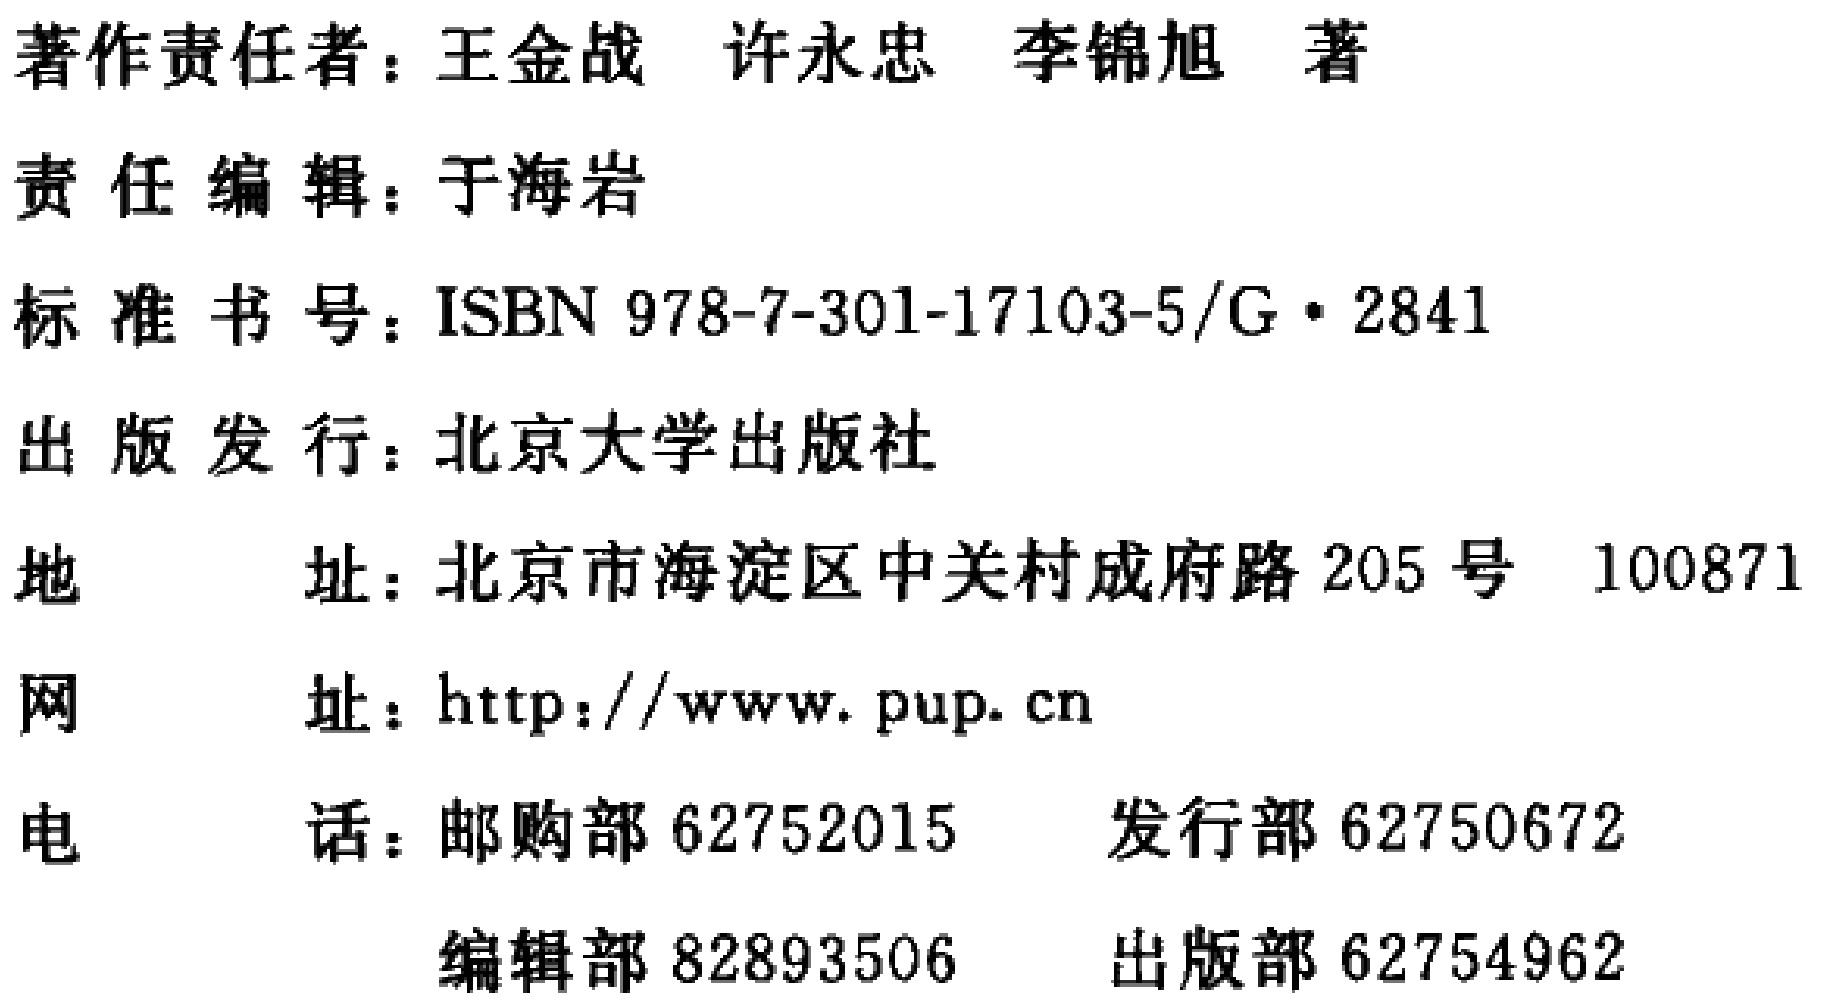
著作责任者：王金战 许永忠 李锦旭 著

责任编辑：于海岩

标准书号：ISBN 978-7-301-17103-5/G·2841

出版发行：北京大学出版社

地\ \ \ \ \ 址：北京市海淀区中关村成府路205号 100871

网\ \ \ \ \ 址：http://www.pup.cn

电\ \ \ \ \ 话：邮购部62752015  发行部62750672

编辑部82893506  出版部62754962